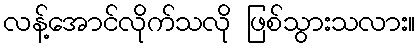
လန့်အောင်လိုက်သလို ဖြစ်သွားသလား။